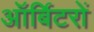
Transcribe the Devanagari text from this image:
ऑर्बिटरों